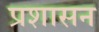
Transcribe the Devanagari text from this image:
प्रशासन